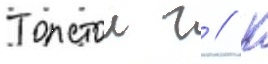
Толстои г // К